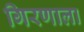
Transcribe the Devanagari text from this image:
गिरणाला